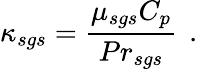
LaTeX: \kappa_{sgs}=\frac{\mu_{sgs}C_{p}}{{Pr}_{sgs}}\, \mathrm{~.~}